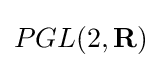
PGL(2,\mathbf {R} )